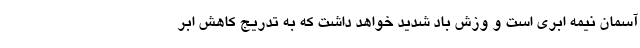
آسمان نیمه ابری است و وزش باد شدید خواهد داشت که به تدریج کاهش ابر